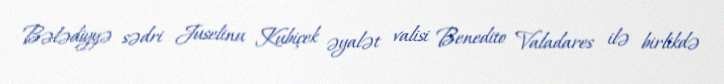
Bələdiyyə sədri Juselinu Kubiçek əyalət valisi Benedito Valadares ilə birlikdə